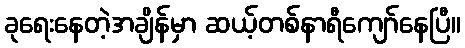
ခုရေးနေတဲ့အချိန်မှာ ဆယ့်တစ်နာရီကျော်နေပြီ။